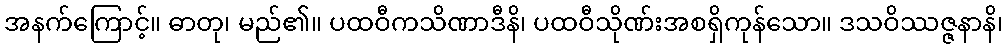
အနက်ကြောင့်။ ဓာတု၊ မည်၏။ ပထဝီကသိဏာဒီနိ၊ ပထဝီသိုဏ်းအစရှိကုန်သော။ ဒသဝိဿဇ္ဇနာနိ၊